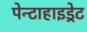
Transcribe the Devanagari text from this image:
पेन्टाहाइड्रेट